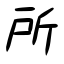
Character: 所